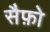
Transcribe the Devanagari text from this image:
सैफ़ो